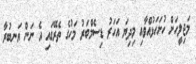
މަޖިލީހަށް ހުށަހަޅުއްވާއި މިދިޔަ އަހަރު ޑިސެމްބަރު މަހުގެ ތެރޭގައި އެ ނަން އަނބުރާ